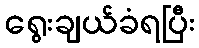
ရွေးချယ်ခံရပြီး